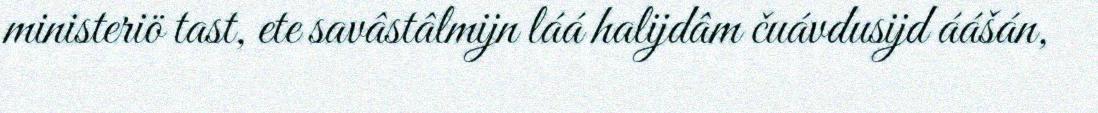
ministeriö tast, ete savâstâlmijn láá halijdâm čuávdusijd áášán,